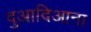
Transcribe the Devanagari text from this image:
दुआदिआना